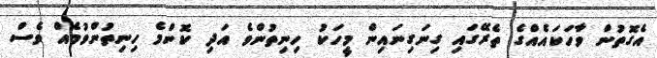
އެގޮތުން ވާހަކައެއްގެ ތެރޭގައި ގިނަގިނައިން މީހަކު ހިނިތުންވެ އަދި ކޮންމެ ހިނިތުންވުމެއް ވެސް